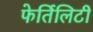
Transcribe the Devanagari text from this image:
फेर्तिलिटी